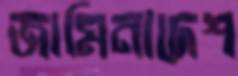
জামিনাদেশ